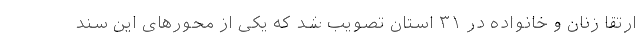
ارتقا زنان و خانواده در ۳۱ استان تصویب شد که یکی از محورهای این سند